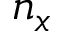
n _ { x }